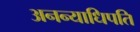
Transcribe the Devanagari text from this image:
अनन्याधिपति